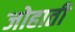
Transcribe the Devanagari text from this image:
जोहाती